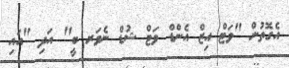
އެގޮތުން "ވަޓް އިޒް އެންޑް ވަޓް ޝުޑް ނެވަރ ބީ" އަދި "އައި